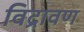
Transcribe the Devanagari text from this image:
विद्रावण